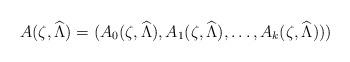
LaTeX: \begin{align*}A (\zeta,\widehat{\Lambda}) = (A_0 (\zeta,\widehat{\Lambda}) ,A_1 (\zeta,\widehat{\Lambda}) ,\ldots, A_k (\zeta,\widehat{\Lambda}) ))\end{align*}